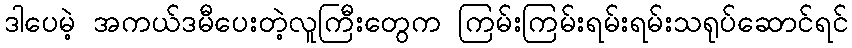
ဒါပေမဲ့ အကယ်ဒမီပေးတဲ့လူကြီးတွေက ကြမ်းကြမ်းရမ်းရမ်းသရုပ်ဆောင်ရင်